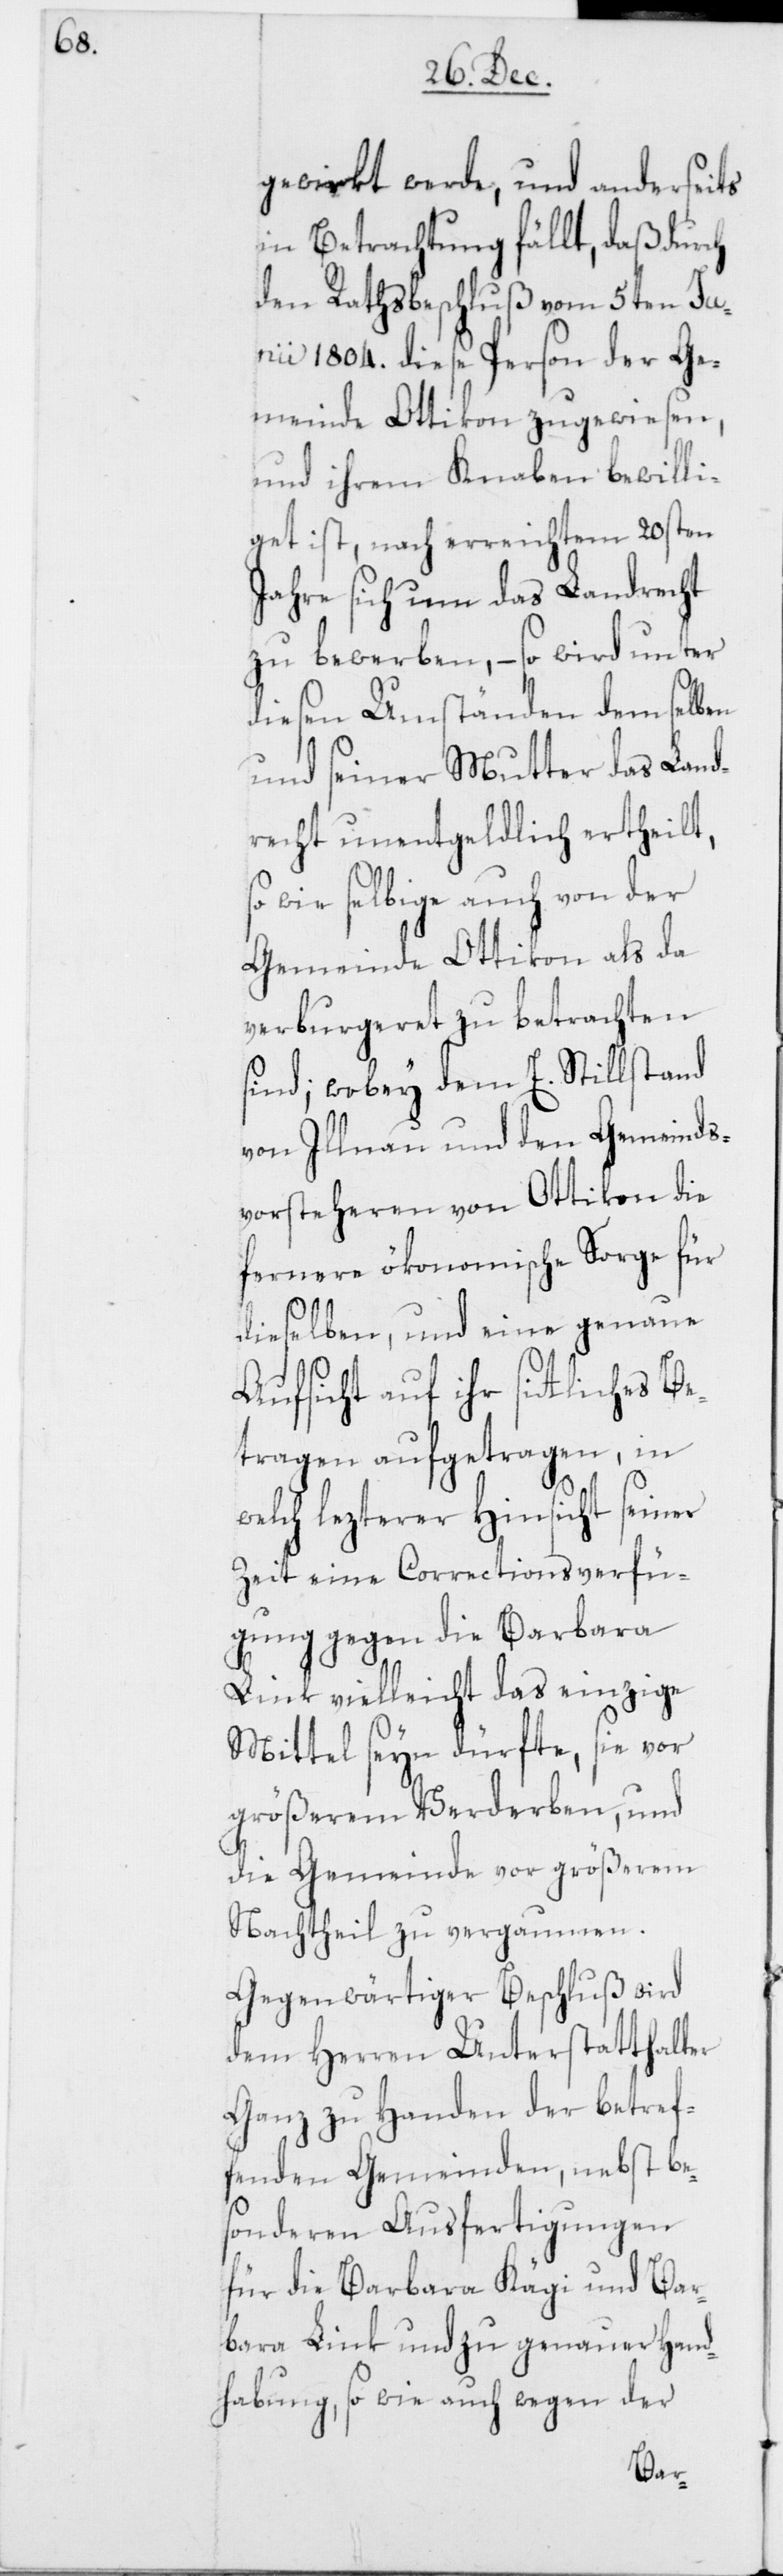
gewirkt werde, und anderseits
in Betrachtung fällt, daß durch
den Rathsbeschluß vom 5ten Ju¬
nii 1804. diese Person der Ge¬
meinde Ottikon zugewiesen,
und ihrem Knaben bewilli¬
get ist, nach erreichtem 20sten
Jahre sich um das Landrecht
zu bewerben, – so wird unter
diesen Umständen demselben
und seiner Mutter das Land¬
recht unentgeldlich ertheilt,
wie selbige auch von der
Gemeinde Ottikon als da
verburgeret zu betrachten
sind; wobey dem E. Stillstand
von Illnau und den Gemeinds¬
vorsteheren von Ottikon die
fernere ökonomische Sorge für
dieselben, und eine genaue
Aufsicht auf ihr sittliches Be¬
tragen aufgetragen, in
welch lezterer Hinsicht seiner
Zeit eine Correctionsverfü¬
gung gegen die Barbara
Link vielleicht das einzige
Mittel seyn dürfte, sie vor
größerem Verderben, und
die Gemeinde vor größerem
Nachtheil zu vergaumen.
Gegenwärtiger Beschluß wird
dem Herren Unterstatthalter
Ganz zu Handen der betref¬
fenden Gemeinden, nebst be¬
sonderen Ausfertigungen
für die Barbara Kägi und Bar¬
bara Link und zu genauer Hand¬
habung, so wie auch wegen der